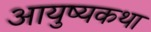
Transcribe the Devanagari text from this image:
आयुष्यकथा